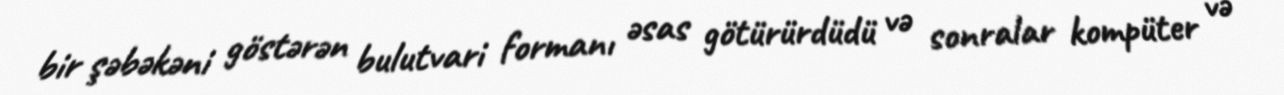
bir şəbəkəni göstərən bulutvari formanı əsas götürürdüdü və sonralar kompüter və